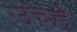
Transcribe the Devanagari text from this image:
उच्हे